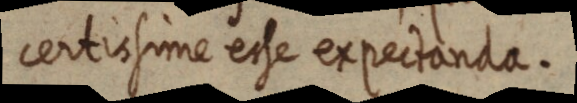
certissime esse expectanda.